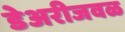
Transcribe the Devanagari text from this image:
डेअरीजवळ